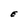
Character: E